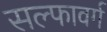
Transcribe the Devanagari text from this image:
सल्फावर्ग